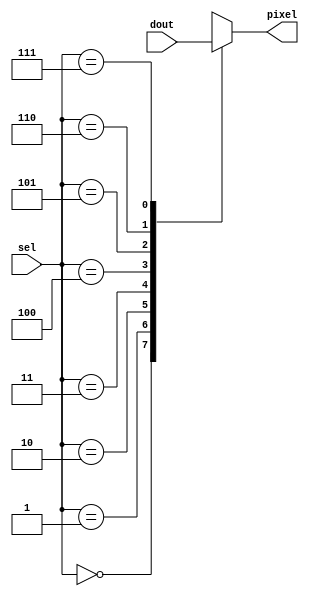
module mux8_to_1(dout, sel, pixel);
    input [2:0] sel;
	input [7:0] dout;
	output reg pixel;
	always@(*)
	 case(sel)
	  3'b000: pixel=dout[7];
	  3'b001: pixel=dout[6];
	  3'b010: pixel=dout[5];
	  3'b011: pixel=dout[4];
	  3'b100: pixel=dout[3];
	  3'b101: pixel=dout[2];
	  3'b110: pixel=dout[1];
	  3'b111: pixel=dout[0];
	  endcase
endmodule